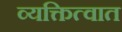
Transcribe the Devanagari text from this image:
व्यक्तित्वात